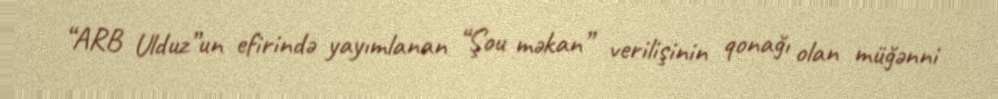
“ARB Ulduz”un efirində yayımlanan “Şou məkan” verilişinin qonağı olan müğənni